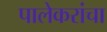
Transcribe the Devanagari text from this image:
पालेकरांचा